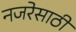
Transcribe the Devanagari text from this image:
नजरेसाठी